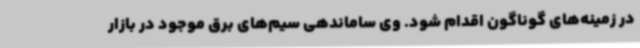
در زمینه‌های گوناگون اقدام شود. وی ساماندهی سیم‌های برق موجود در بازار